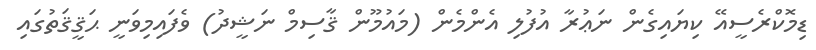
ޑިމޮކްރެސީއޭ ކިޔައިގެން ނަޢުރާ އުފުލި އެންމެން (މައުމޫން ޤާސިމް ނަޝީދު) ވެފައިމިވަނީ ޙަޤީޤަތުގައި